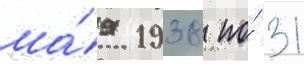
ма́я 1938 по́ 31